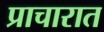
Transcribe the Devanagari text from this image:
प्राचारात